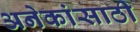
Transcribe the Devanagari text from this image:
अनेकांसाठी